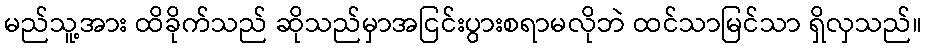
မည်သူ့အား ထိခိုက်သည် ဆိုသည်မှာအငြင်းပွားစရာမလိုဘဲ ထင်သာမြင်သာ ရှိလှသည်။